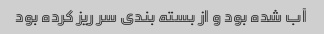
آب شده بود و از بسته بندی سر ریز کرده بود